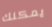
يمكنك